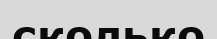
сколько